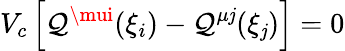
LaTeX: V_{c}\left[\mathcal{Q}^{\mui}(\xi_{i})-\mathcal{Q}^{\mu\mathit{j}}(\xi_{\mathit{j}})\right]=0